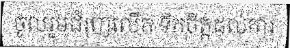
ចូលរួមជំរុញលើក ទឹកចិត្តដល់ការ